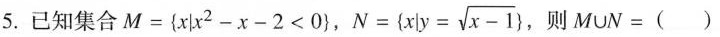
5.已知集合 $$M = { x | x ^ { 2 } - x -2 < 0 }$$, $$N = { x | y = \sqrt { x - 1 } }$$, 则 $$M \cup N = ( )$$